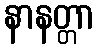
နာနတ္တာ